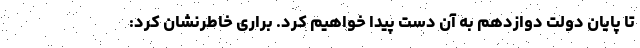
تا پایان دولت دوازدهم به آن دست پیدا خواهیم کرد. براری خاطرنشان کرد: